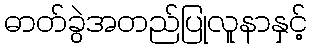
ဓာတ်ခွဲအတည်ပြုလူနာနှင့်